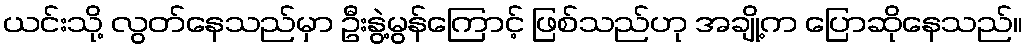
ယင်းသို့ လွတ်နေသည်မှာ ဦးနွဲ့မွန်ကြောင့် ဖြစ်သည်ဟု အချို့က ပြောဆိုနေသည်။